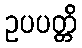
ဥပပတ္တိ